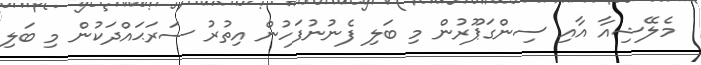
މެލޭޝިއާ އާއި ސިންގަޕޫރުން މި ބަލި ފެނުނުފަހުން އިތުރު ސަރަޙައްދަކުން މި ބަލި